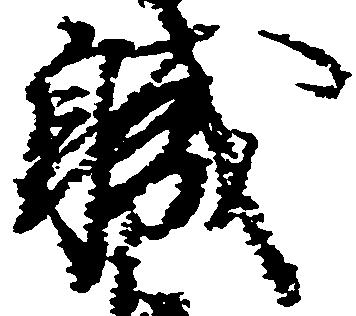
職